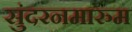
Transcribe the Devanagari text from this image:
सुंदरनमारुम